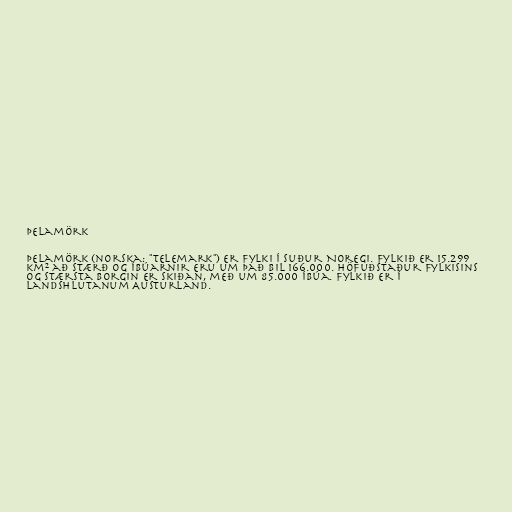
Þelamörk

Þelamörk (norska: "Telemark") er fylki í suður Noregi. Fylkið er 15.299
km² að stærð og íbúarnir eru um það bil 166.000. Höfuðstaður fylkisins
og stærsta borgin er Skiðan, með um 85.000 íbúa. Fylkið er í
landshlutanum Austurland.